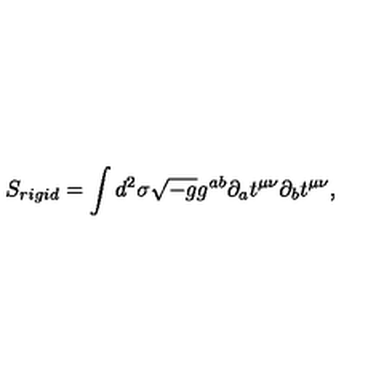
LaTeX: S _ { r i g i d } = \int d ^ { 2 } \sigma \sqrt { - g } g ^ { a b } \partial _ { a } t ^ { \mu \nu } \partial _ { b } t ^ { \mu \nu } ,